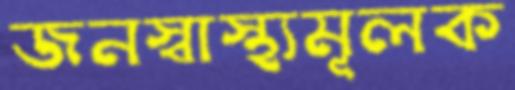
জনস্বাস্থ্যমূলক